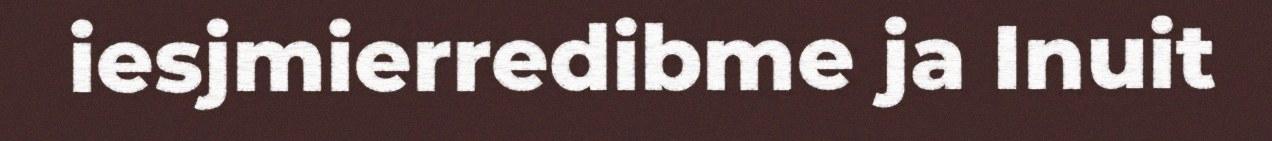
iesjmierredibme ja Inuit